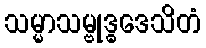
သမ္မာသမ္ဗုဒ္ဓဒေသိတံ